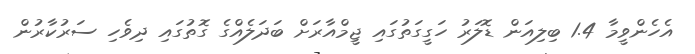
އެހެންވީމާ 1.4 ބިލިއަން ޑޮލަރު ހަގީގަތުގައި ޖީމްއާރަށް ބަދަލެއްގެ ގޮތުގައި ދިވެހި ސަރުކާރުން